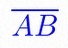
\overline{AB}